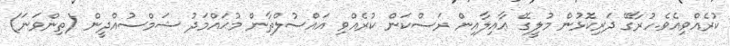
ކުރެއްވިއެވެ.ހުރާގޭ ދަރިކޮޅުން މުލީގޭ ޢާއިލާއިން ރަސްކަން ކުރެއްވި އައްސުލްޠާން މުޙައްމަދު ޝަމްސުއްދީން (ތިންވަނަ)